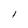
Character: l